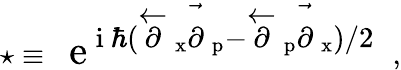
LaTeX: \star\equiv~\mathrm{{\Large~e^{~i~\hbar(\stackrel{\leftarrow~}{\partial~}_{x}\stackrel{\rightarrow~}{\partial~}_{p}-\stackrel{\leftarrow~}{\partial~}_{p}\stackrel{\rightarrow~}{\partial~}_{x})/2}~}}~,